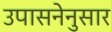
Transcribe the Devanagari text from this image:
उपासनेनुसार